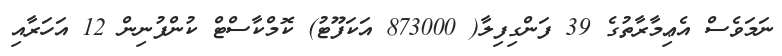
ނަމަވެސް އެޢިމާރާތުގެ 39 ފަންގިފިލާ( 873000 އަކަފޫޓު) ކޮމްކާސްޓް ކުންފުނިން 12 އަހަރާއި